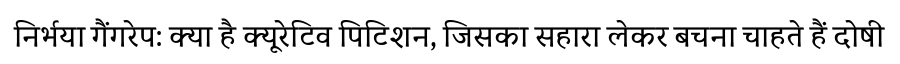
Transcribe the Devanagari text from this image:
निर्भया गैंगरेप: क्या है क्यूरेटिव पिटिशन, जिसका सहारा लेकर बचना चाहते हैं दोषी